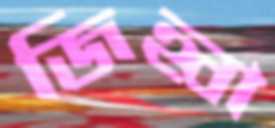
জিহ্বা